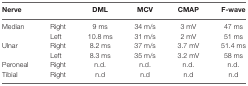
<table><thead><tr><td><b>Nerve</b></td><td></td><td><b>DML</b></td><td><b>MCV</b></td><td><b>CMAP</b></td><td><b>F-wave</b></td></tr></thead><tbody><tr><td>Median</td><td>Right</td><td>9 ms</td><td>34 m/s</td><td>3 mV</td><td>47 ms</td></tr><tr><td></td><td>Left</td><td>10.8 ms</td><td>31 m/s</td><td>2 mV</td><td>51 ms</td></tr><tr><td>Ulnar</td><td>Right</td><td>8.2 ms</td><td>37 m/s</td><td>3.7 mV</td><td>51.4 ms</td></tr><tr><td></td><td>Left</td><td>8.3 ms</td><td>35 m/s</td><td>3.2 mV</td><td>58 ms</td></tr><tr><td>Peroneal</td><td>Right</td><td>n.d.</td><td>n.d.</td><td>n.d.</td><td>n.d.</td></tr><tr><td>Tibial</td><td>Right</td><td>n.d</td><td>n.d</td><td>n.d</td><td>n.d</td></tr></tbody></table>